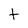
Character: t